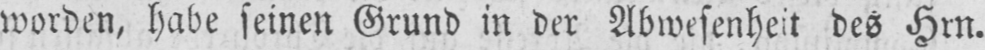
worden, habe seinen Grund in der Abwesenheit des Hrn.